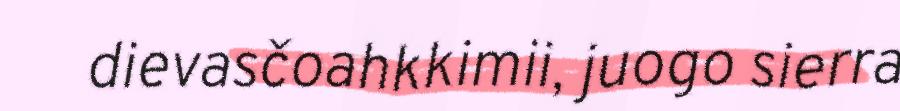
dievasčoahkkimii, juogo sierra